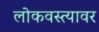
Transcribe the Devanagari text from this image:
लोकवस्त्यावर